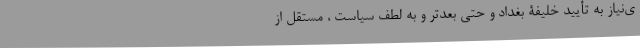
ی‌نیاز به تأیید خلیفۀ بغداد و حتی بعدتر و به لطف سیاست ، مستقل از